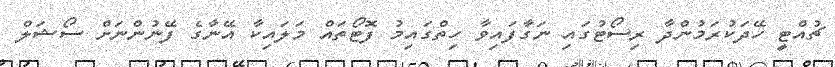
ޗުއްޓީ ހޭދަކުރަމުންދާ ރިސޯޓުގައި ނަގާފައިވާ ހިތްގައިމު ފޮޓޯތައް މަލައިކާ އޭނާގެ ފޭނުންނަށް ސޯޝަލް